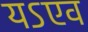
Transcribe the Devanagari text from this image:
यऽएव